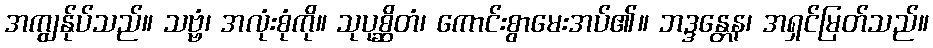
အကျွန်ုပ်သည်။ သဗ္ဗံ၊ အလုံးစုံကို။ သုပုစ္ဆိတံ၊ ကောင်းစွာမေးအပ်၏။ ဘဒ္ဒန္တေန၊ အရှင်မြတ်သည်။